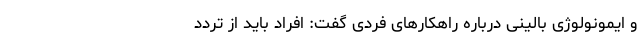
و ایمونولوژی بالینی درباره راهکارهای فردی گفت: افراد باید از تردد